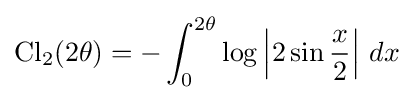
\operatorname {Cl} _{2}(2\theta )=-\int _{0}^{2\theta }\log \left|2\sin {\frac {x}{2}}\right|\,dx